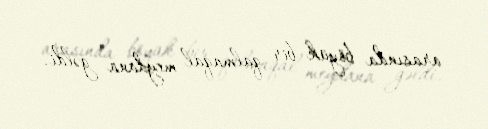
arasında böyük bir qalmaqal meydana gəldi.